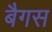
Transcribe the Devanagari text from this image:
बैगस